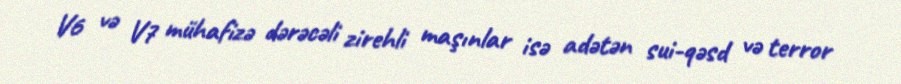
V6 və V7 mühafizə dərəcəli zirehli maşınlar isə adətən sui-qəsd və terror